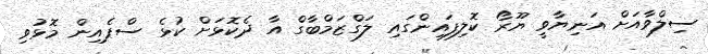
ސިލްވާއަށް އަނިޔާވީ ޔޫރޯ ކޮލިފައިންގައި ލަގްޒަމްބާގް އާ ދެކޮޅަށް ކުޅެ ސްޕެއިން މޮޅުވި